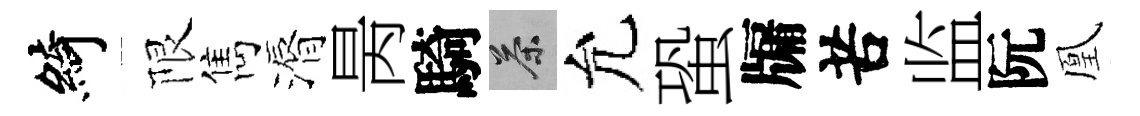
綺限雋漘昺騎茶允蛩牖苦监阮凰